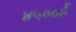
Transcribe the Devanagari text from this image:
४५००हैं